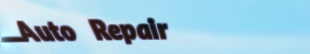
Auto Repair